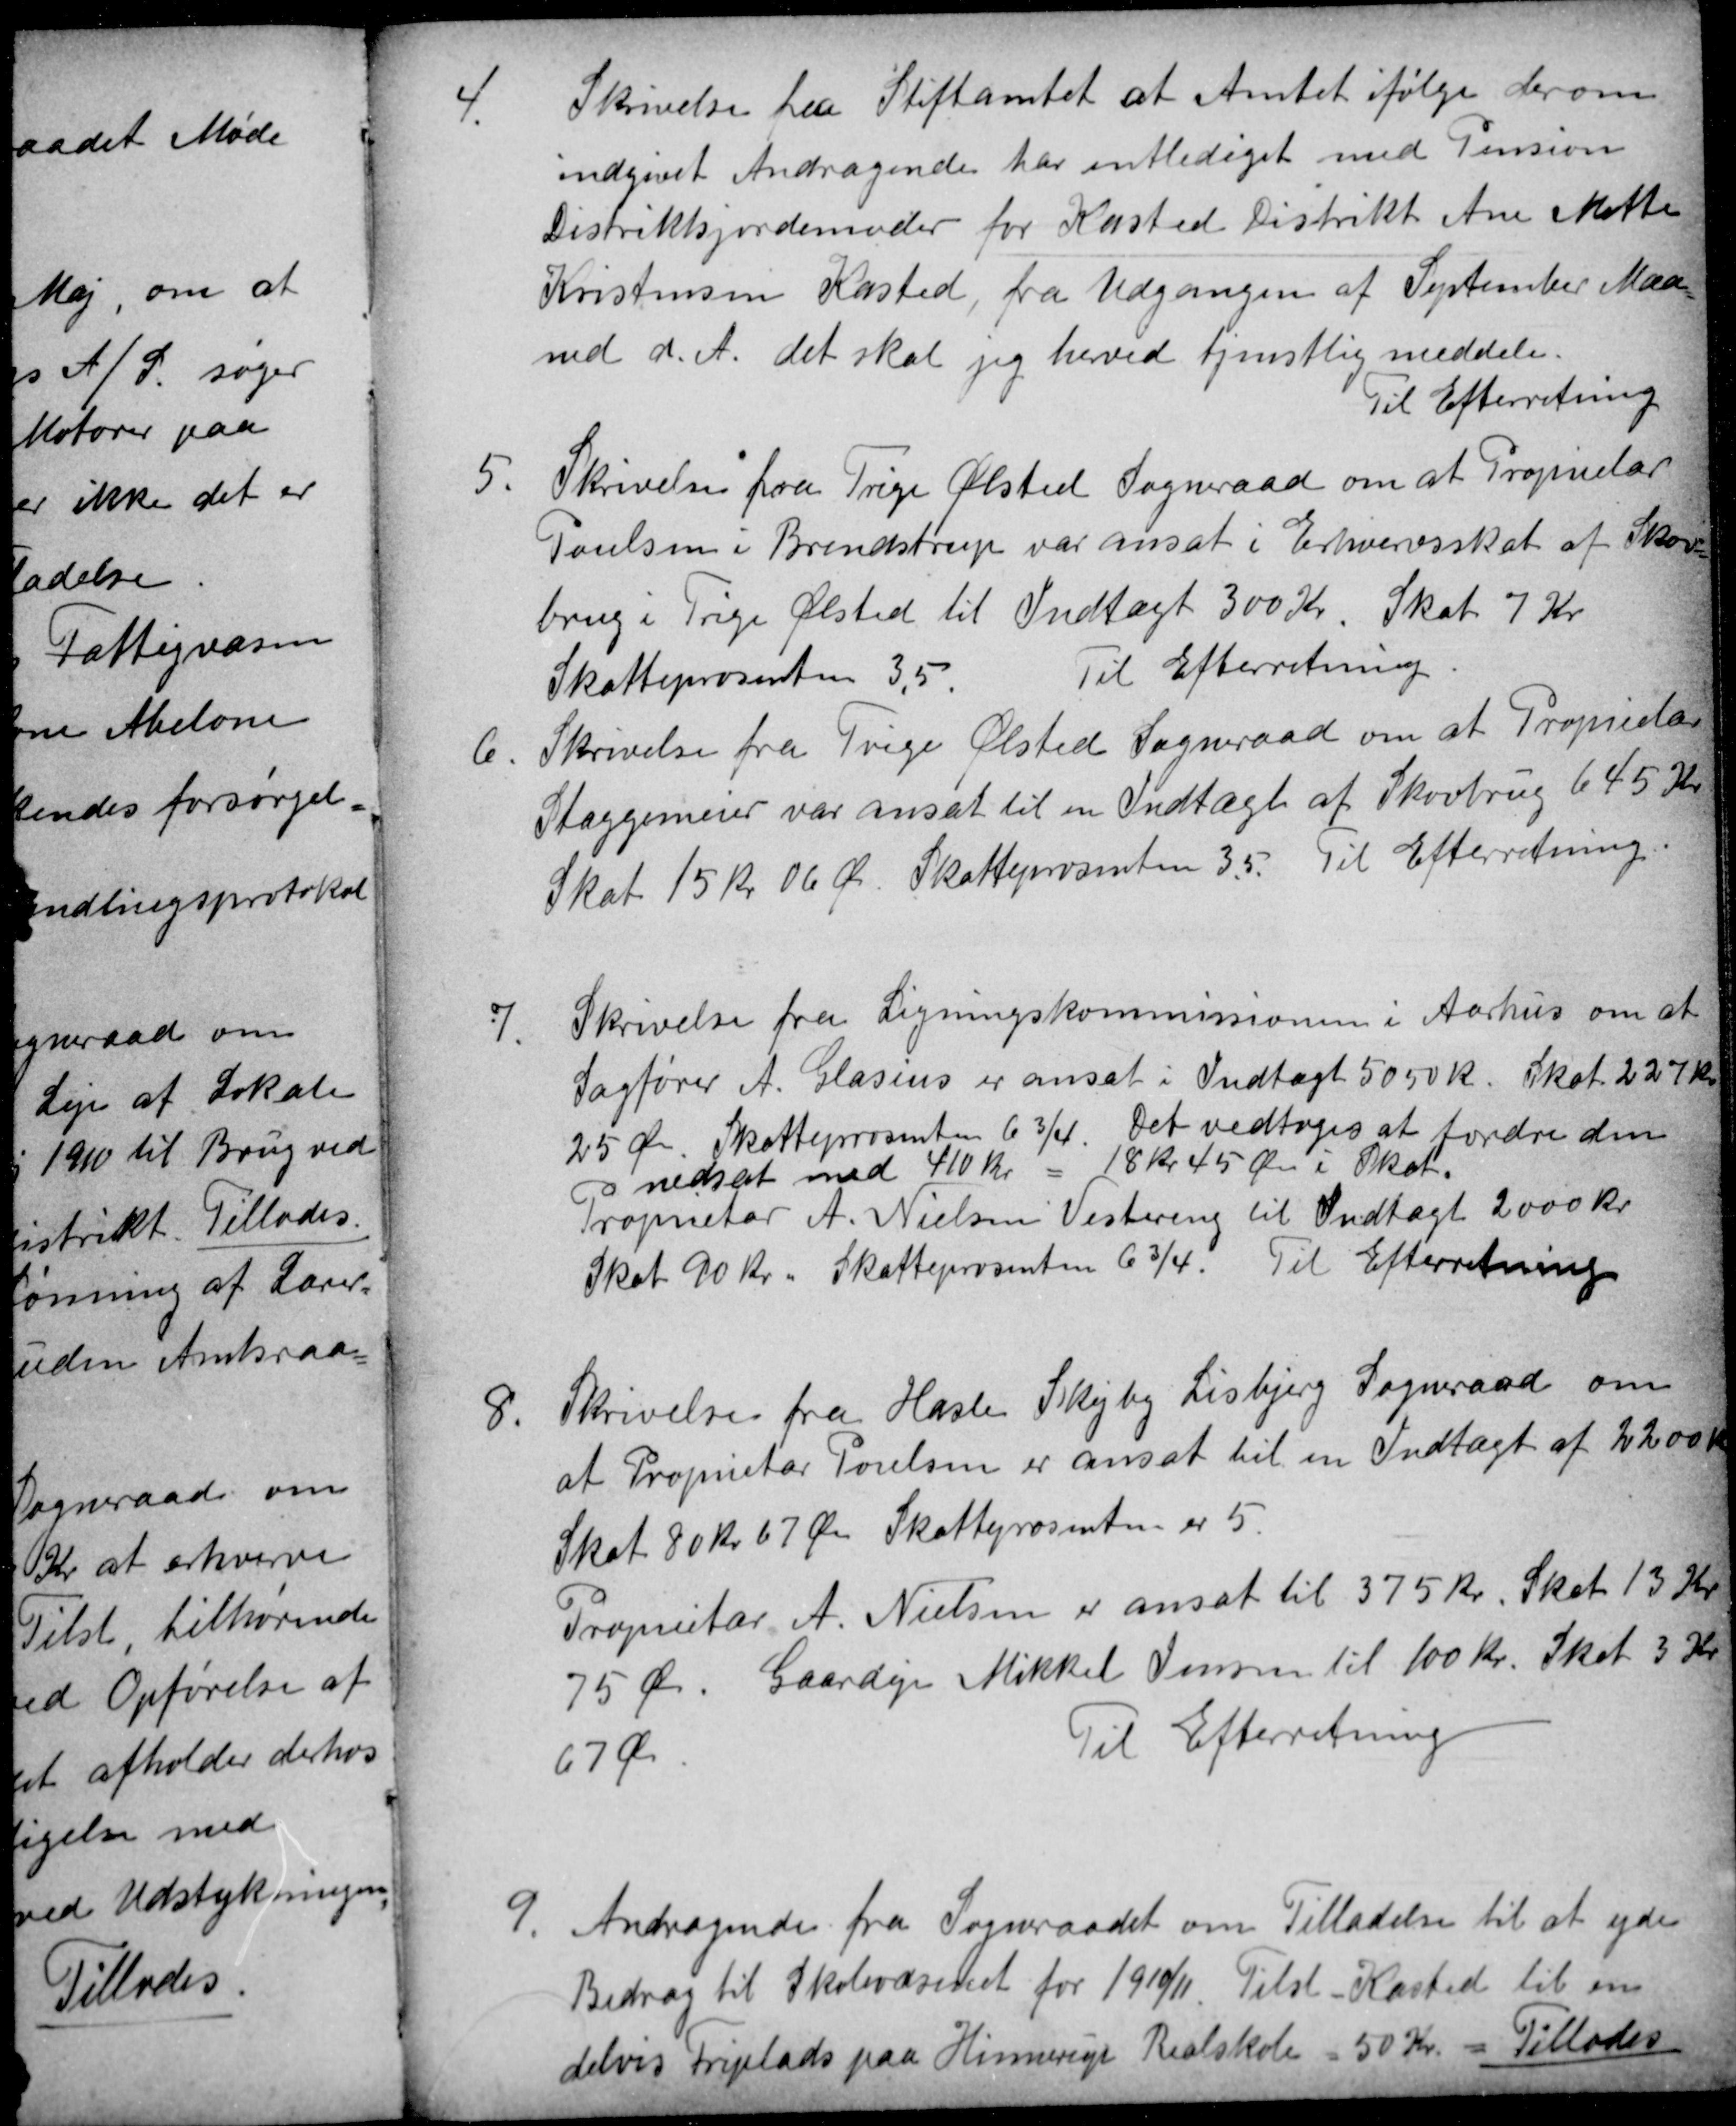
Transskription:
4.
Skrivelse fra Stiftamtet at Amtet ifølge derom
indgivet Andragende har entlediget med Pension
Distriktsjordemoder for Kasted Distrikt Ane Mette
Kristensen Kasted, fra Udgangen af September Maa
med d. A. det skal jeg herved tjenstlig meddele.
Til Efterretning
5.
Skrivelse fra Trige Ølsted Sogneraad om at Proprietær
Poulsen i Brendstrup var ansat i Erhvervsskat af Skov
brug i Trige Ølsted til Indtægt 300 Kr. Skat 7 Kr.
Skatteprosenten 3,5.
Til Efterretning
6.
Skrivelse fra Trige Ølsted Sogneraad om at Proprietær
Staggemeier var ansat til en Indtægt af Skovbrug 645 Kr
Skat 15 kr 06 Ør. Skatteprosenten 3,5. Til Efterretning
7.
Skrivelse fra Ligningskommissionen i Aarhus om at
Sagfører A. Glasius er ansat i Indtægt 5050 Kr. Skat. 227 Kr
25 Øre. Skatteprosenten 6¾. Det vedtoges at fordre den
nedsat med 410 kr = 18 kr 45 Øre i Skat.
Proprietær A. Nielsen Vestereng til Indtægt 2000 Kr
Skat 90 Kr. Skatteprosenten 6¾. Til Efterretning
8
Skrivelse fra Hasle Skejby Lisbjerg Sogneraad om
af Proprietær Poulsen er ansat til en Indtægt af 2200 Kr
Skat 80 Kr 67 Øre Skatteprosenten er 5.
Propietær A. Nielsen er ansat til 375 Kr. Skat 13 Kr
75 Ør. Gaardejer Mikkel Jensen til 100 Kr. Skat 3 Kr
67 Ør
Til Efterretning
9.
Andragende fra Sogneraadet om Tilladelse til at yde
Bidrag til Skolevæsenet for 1910/11 Tilst Kasted til en
delvis Friplads paa Hinnerup Realskole = 50 Kr. = Tillodes